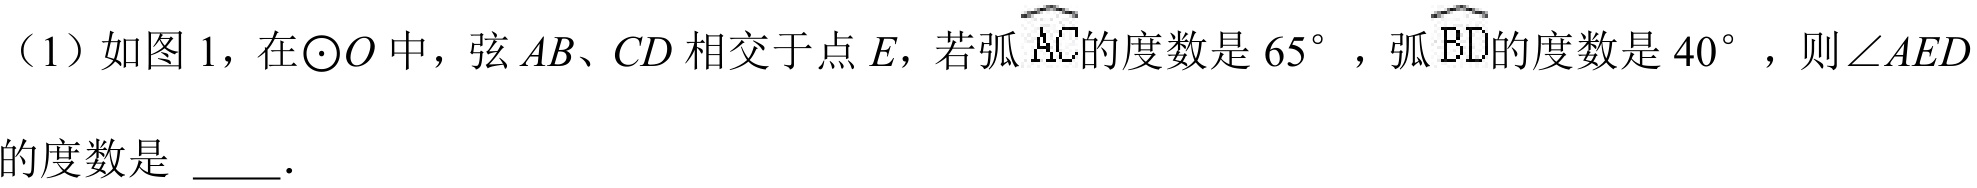
（1）如图 1，在\(\odot O\)中，弦\(AB、CD\)相交于点\(E\)，若弧\(\overset{\frown}{AC}\)的度数是\(65^{\circ}\)，弧\(\overset{\frown}{BD}\)的度数是\(40^{\circ}\)，则\(\angle AED\)的度数是 \(\underline{\quad\quad}\).